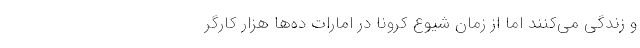
و زندگی می‌کنند اما از زمان شیوع کرونا در امارات ده‌ها هزار کارگر